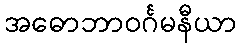
အဓောဘာဝင်္ဂမနီယာ